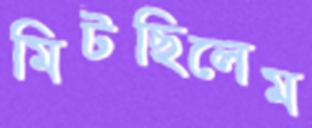
মিটছিলেম